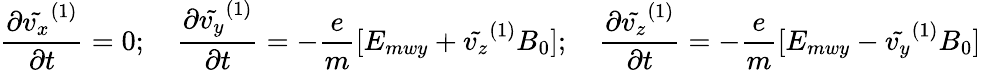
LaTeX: \frac{\partial\tilde{v_{x}}^{(1)}}{\partial t}=0;\quad\frac{\partial\tilde{v_{y}}^{(1)}}{\partial t}=-\frac{e}{m}[E_{mwy}+\tilde{v_{z}}^{(1)}B_{0}];\quad\frac{\partial\tilde{v_{z}}^{(1)}}{\partial t}=-\frac{e}{m}[E_{mwy}-\tilde{v_{y}}^{(1)}B_{0}]